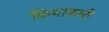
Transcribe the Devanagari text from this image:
क्रियाकारी